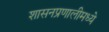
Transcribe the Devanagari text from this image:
शासनप्रणालीमध्ये